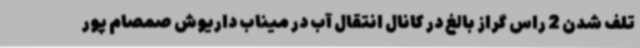
تلف شدن 2 راس گراز بالغ در کانال انتقال آب در میناب داریوش صمصام پور